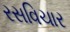
રસવિચાર